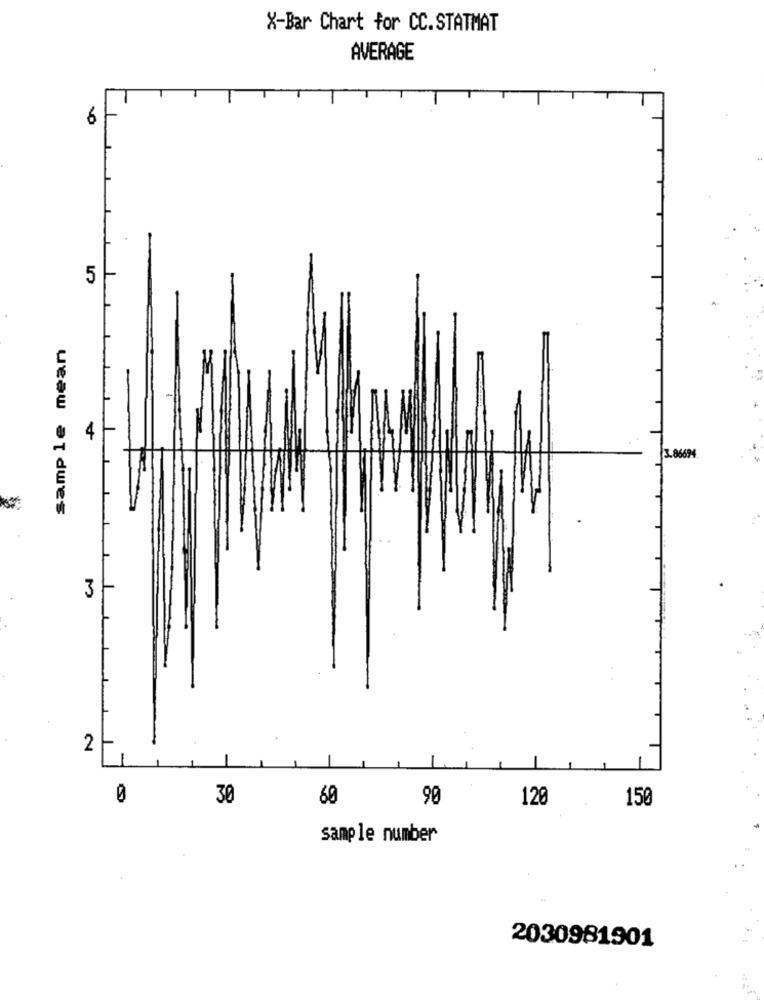
X-Bar Chart for CC.STATMAT
AVERAGE
6
5
sample mean
4
3.86694
3
2
0
30
60
90
120
150
sample number
2030981901